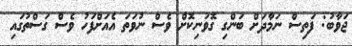
ޖަވާބު: ފަތިސް ނަމާދަށް ބަންގި ގޮވަނިކޮށް ވެސް ނުވަތަ އެއަށްފަހު ވެސް ގަސްތުގައި